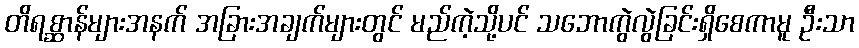
တိရစ္ဆာန်များအနက် အခြားအချက်များတွင် မည်ကဲ့သို့ပင် သဘောကွဲလွဲခြင်းရှိစေကာမူ ဦးသာ